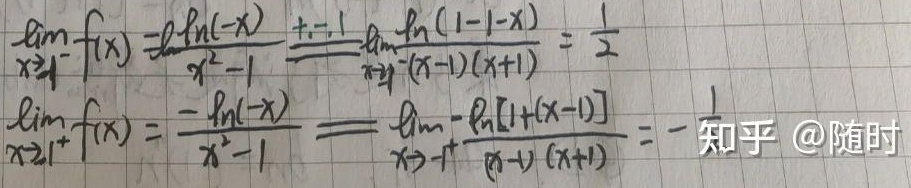
从你的内容来看，“知乎@随时”不是规范的数学内容，疑似错误信息。以下是修正后的内容（假设“知乎@随时”为错误信息，若有其他含义，请你补充说明）：

\[\begin{align*}
\lim_{x \to 1^{-}}f(x)&=\frac{\ln(-x)}{x^{2}-1}\xlongequal{t = -1 - x}\lim_{x \to 1^{-}}\frac{\ln(1 - 1 - x)}{-(x - 1)(x + 1)}=\frac{1}{2}\\
\lim_{x \to 1^{+}}f(x)&=\frac{-\ln(-x)}{x^{2}-1}=\lim_{x \to 1^{+}}\frac{-\ln[1+(x - 1)]}{(x - 1)(x + 1)}=-\frac{1}{2}
\end{align*}\]